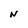
Character: N